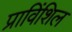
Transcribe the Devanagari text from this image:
प्राविंशिल